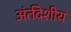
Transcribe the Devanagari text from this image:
अंर्तदेशीय